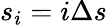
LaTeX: s_{i}=i\Delta s